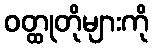
ဝတ္ထုတိုများကို